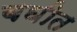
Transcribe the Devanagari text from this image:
बघीत